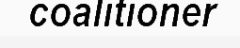
coalitioner